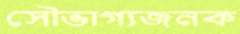
সৌভাগ্যজনক